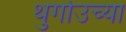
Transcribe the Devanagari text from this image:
थुर्गाउच्या